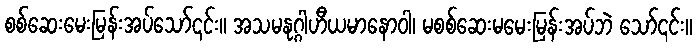
စစ်ဆေးမေးမြန်းအပ်သော်၎င်း။ အသမနုဂ္ဂါဟီယမာနောဝါ၊ မစစ်ဆေးမမေးမြန်းအပ်ဘဲ သော်၎င်း။